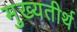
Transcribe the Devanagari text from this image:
मुख्यतीर्थ